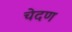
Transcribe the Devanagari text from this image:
चेदण